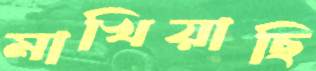
মাখিয়াছি